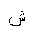
Letter: _shin